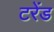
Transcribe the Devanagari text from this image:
टरेंड